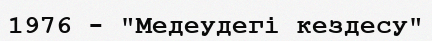
1976 - "Медеудегі кездесу"